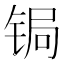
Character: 锔